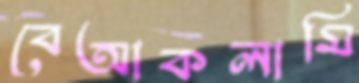
বেআকলামি